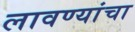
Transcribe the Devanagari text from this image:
लावण्यांचा